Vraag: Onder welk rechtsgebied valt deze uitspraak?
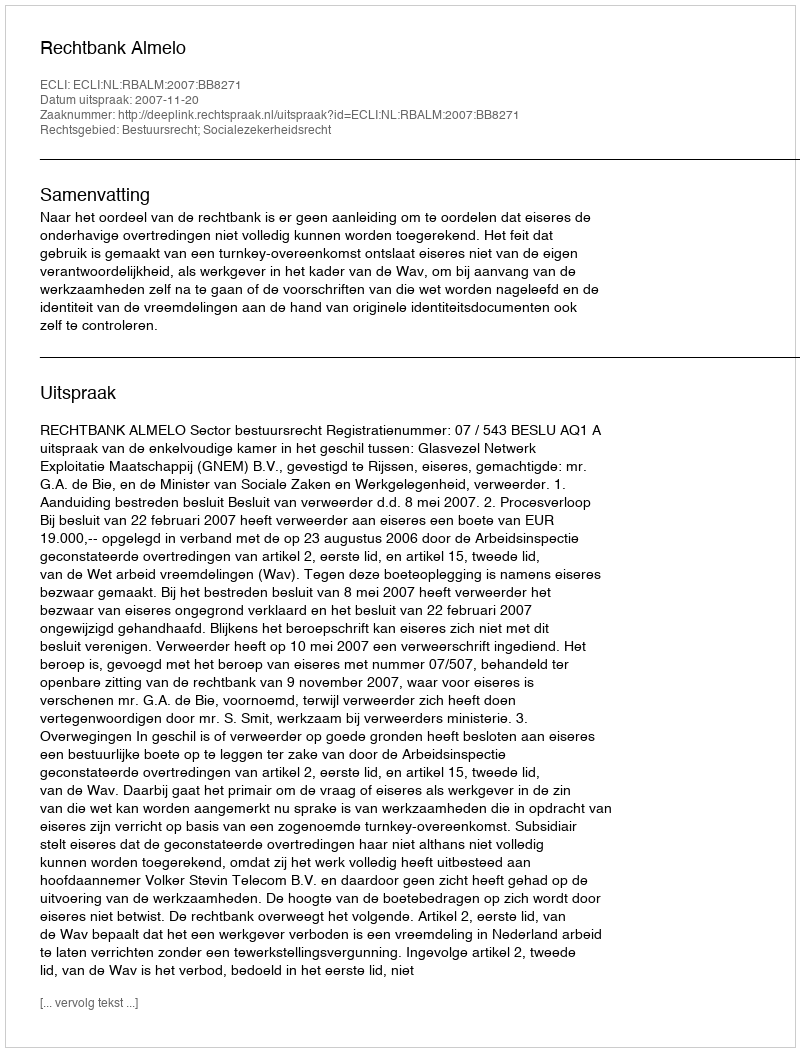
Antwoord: Bestuursrecht; Socialezekerheidsrecht